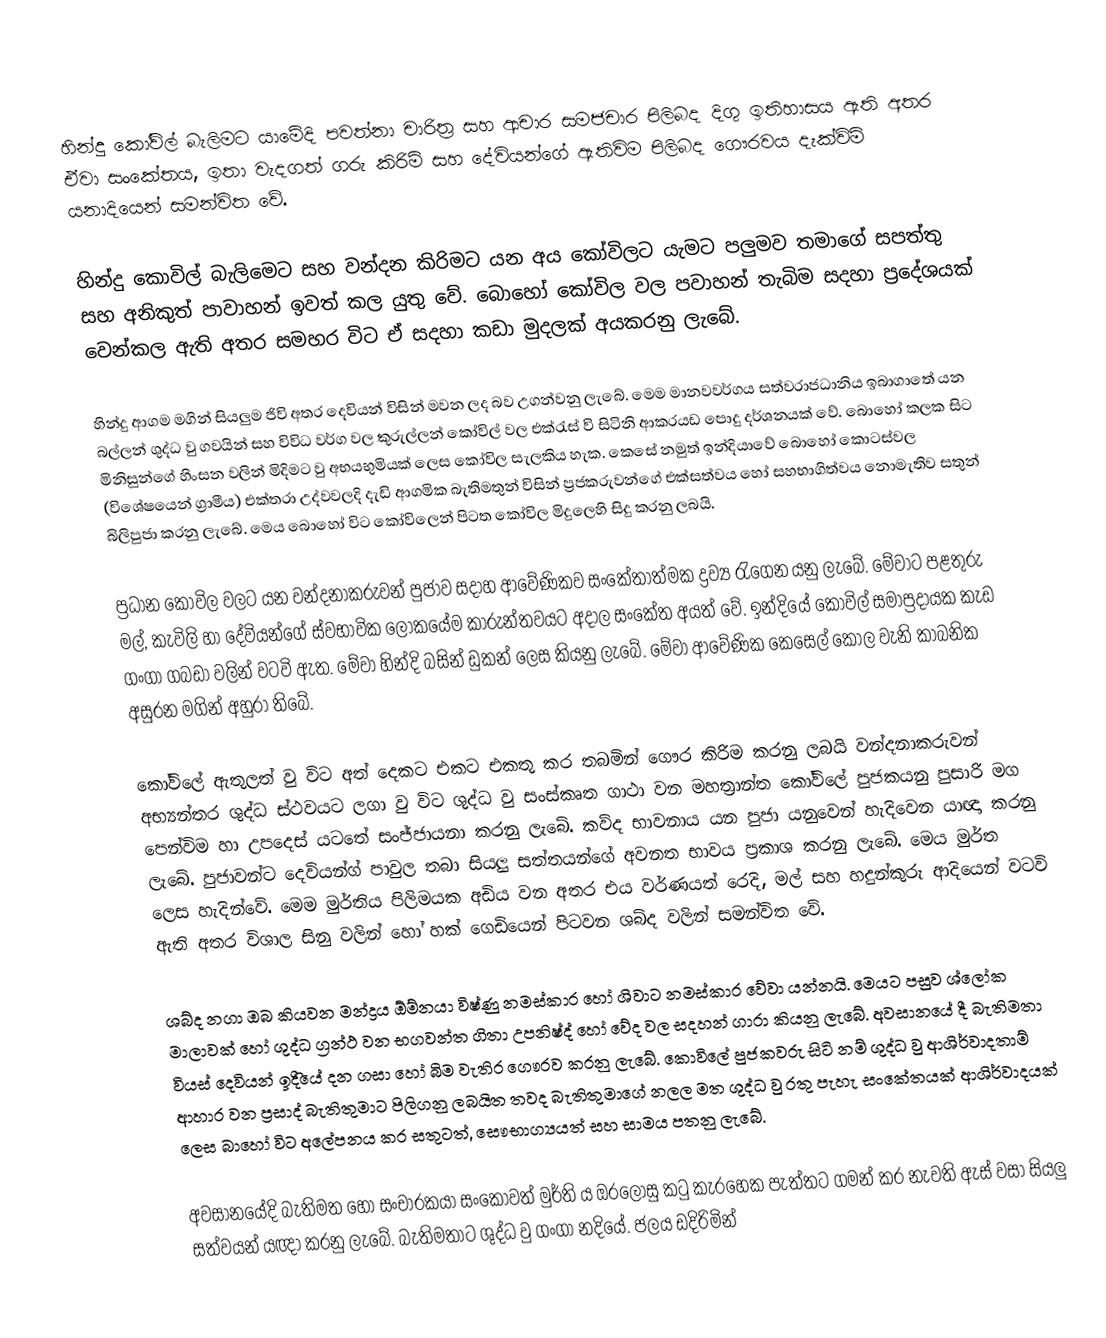
හින්දු කෝවිල් බැලිමට යාමේදි පවත්නා චාරිත්‍ර සහ ආචාර සමජචාර  පිලිබද දිගු ඉතිහාසය ඇති අතර ඒවා සංකේතය, ඉතා වැදගත් ගරු කිරිම් සහ දේවියන්ගේ ඇතිවිම පිලිබද ගෞරවය දැක්විම් යනාදියෙන් සමන්විත වේ.

හින්දු කොවිල් බැලිමෙට සහ වන්දන කිරිමට යන අය කෝවිලට යැමට පලුමව තමාගේ සපත්තු සහ අනිකුත් පාවාහන් ඉවත් කල යුතු වේ. බොහෝ කෝවිල වල පවාහන් තැබිම සදහා ‍ප්‍රදේශයක් වෙන්කල ඇති  අතර සමහර විට ඒ සදහා කඩා මුදලක් අයකරනු ලැබේ.

හින්දු ආගම මගින් සියලුම ජිවි අතර දෙවියන් විසින් මවන ලද බව උගන්වනු ලැබේ. මෙම මානවවර්ගය සත්වරාජධානිය ඉබාගාතේ යන බල්ලන් ශුද්ධ වු ගවයින් සහ විවිධ වර්ග වල කුරුල්ලන් කෝවිල් වල එක්රැස් වි සිටිනි ආකරයඩ පොදු දර්ශනයක් වේ. බොහෝ කලක සිට මිනිසුන්ගේ හිංසන වලින් මිදිමට වු අභයභුමියක් ලෙස කෝවිල සැලකිය හැක. කෙසේ නමුත් ඉන්දියාවේ බොහෝ කොටස්වල (විශේෂයෙන් ග්‍රාමීය) එක්තරා උද්වවලදි දැඩි ආගමික බැතිමතුන් විසින් ප්‍රජකරුවන්ගේ එක්සත්වය හෝ සහභාගිත්වය නොමැතිව සතුන් බිලිපුජා කරනු ලැබේ. මෙය බොහෝ විට කෝවිලෙන් පිටත කෝවිල මිදුලෙහි සිදු කරනු ලබයි.

ප්‍රධාන කෝවිල වලට යන වන්දනාකරුවන් පුජාව සදාහ ආවේණිකව සංකේතාත්මක ද්‍රව්‍ය රැගෙන යනු ලැබේ. මේවාට පළතුරු මල්, කැවිලි හා දේවියන්ගේ ස්වභාවික ලෝකයේම කාරුන්තවයට අදාල සංකේත අයත් වේ. ඉන්දියේ කෝවිල් සමාප්‍රදායක කැඩ ගංගා ගබඩා වලින් වටවි ඇත. මේවා හින්දි බසින් ඩුකන් ලෙස කියනු ලැබේ. මේවා ආවේණික කෙසෙල් කොල වැනි කාබනික අසුරන මගින් අහුරා ති‍බේ.

කෝවිලේ ඇතුලත් වු විට අත් දෙකට එකට එකතු කර තබමින් ගෞර කිරිම කරනු ලබයි වන්දනාකරුවන් අභ්‍යන්තර ශුද්ධ ස්ථවයට ලගා වු විට ශුද්ධ වු සංස්කෘත ගාථා වන මහත්‍රාන්ත කෝවිලේ පුජකයනු පුසාරි මග පෙන්විම හා උපදෙස් යටතේ සංජ්ජායනා කරනු ලැබේ. කව්ද භාවනාය යන පුජා යනුවෙන් හැදිවෙන යාඥා කරනු ලැබේ. පුජාවන්ට දෙවියන්ග් පාවුල තබා සියලු සත්තයන්ගේ අවනත භාවය ප්‍රකාශ කරනු ලැබේ. මෙය මුර්ත ලෙස හැදින්වේ. මෙම මුර්තිය පිලිමයක අඩිය වන අතර එය වර්ණයත් රෙදි, මල් සහ හදුන්කුරු ආදියෙන් වටවි ඇති අතර විශාල සිනු වලින් හෝ හක් ගෙඩියෙන් පිටවන ශබ්ද වලින් සමන්විත වේ.

ශබ්ද නගා ඔබ කියවන මන්ද්‍රය ඕම්නයා විෂ්ණු නමස්කාර හෝ ශිවාට නමස්කාර වේවා යන්නයි. මෙයට පසුව ශ්ලෝක මාලාවක් හෝ ශුද්ධ ග්‍රන්ථ වන භගවන්ත ගිතා උපනිෂ්ද් හෝ වේද වල සදහන් ගාරා කියනු ලැබේ. අවසානයේ දී බැතිමතා වියස් දෙවියන් ඉදිියේ දන ගසා හෝ බිම වැතිර ගෞරව කරනු ලැබේ. කොවිලේ පුජකවරු සිටි නම් ශුද්ධ වු ආශිර්වාදතාම් ආහාර වන ප්‍රසාද් බැතිතුමාට පිලිගනු ලබයිත තවද බැතිතුමාගේ නලල මත ශුද්ධ වු රතු පැහැ සංකේතයක් ආශිර්වාදයක් ලෙස බාහෝ විට අලේපනය කර සතුටත්, සෞභාග්‍යයත් සහ සාමය පතනු ලැබේ.

අවසානයේදි බැතිමත හෝ සංචාරකයා සංකෝවත් මුර්ති ය ඔරලෝසු කටු කැරහෙක පැත්තට ගමන් කර නැවති ඇස් වසා සියලු සත්වයන් යඥා කරනු ලැබේ. බැතිමතාට ශුද්ධ වු ගංගා නදියේ. ජලය ඩදිරිමින්